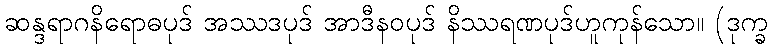
ဆန္ဒရာဂနိရောဓပုဒ် အဿဒပုဒ် အာဒီနဝပုဒ် နိဿရဏပုဒ်ဟူကုန်သော။ (ဒုက္ခ